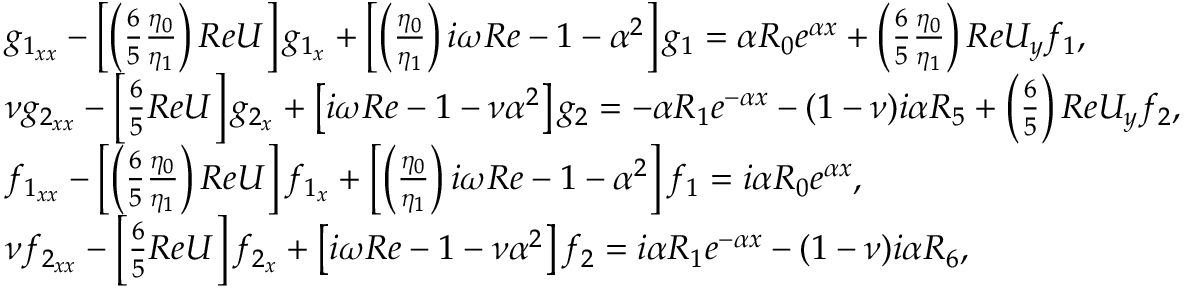
\begin{array} { r l } & { g _ { 1 _ { x x } } - \left[ \left( \frac { 6 } { 5 } \frac { \eta _ { 0 } } { \eta _ { 1 } } \right) R e U \right] g _ { 1 _ { x } } + \left[ \left( \frac { \eta _ { 0 } } { \eta _ { 1 } } \right) i \omega R e - 1 - \alpha ^ { 2 } \right] g _ { 1 } = \alpha R _ { 0 } e ^ { \alpha x } + \left( \frac { 6 } { 5 } \frac { \eta _ { 0 } } { \eta _ { 1 } } \right) R e U _ { y } f _ { 1 } , } \\ & { \nu g _ { 2 _ { x x } } - \left[ \frac { 6 } { 5 } R e U \right] g _ { 2 _ { x } } + \left[ i \omega R e - 1 - \nu \alpha ^ { 2 } \right] g _ { 2 } = - \alpha R _ { 1 } e ^ { - \alpha x } - ( 1 - \nu ) i \alpha R _ { 5 } + \left( \frac { 6 } { 5 } \right) R e U _ { y } f _ { 2 } , } \\ & { f _ { 1 _ { x x } } - \left[ \left( \frac { 6 } { 5 } \frac { \eta _ { 0 } } { \eta _ { 1 } } \right) R e U \right] f _ { 1 _ { x } } + \left[ \left( \frac { \eta _ { 0 } } { \eta _ { 1 } } \right) i \omega R e - 1 - \alpha ^ { 2 } \right] f _ { 1 } = i \alpha R _ { 0 } e ^ { \alpha x } , } \\ & { \nu f _ { 2 _ { x x } } - \left[ \frac { 6 } { 5 } R e U \right] f _ { 2 _ { x } } + \left[ i \omega R e - 1 - \nu \alpha ^ { 2 } \right] f _ { 2 } = i \alpha R _ { 1 } e ^ { - \alpha x } - ( 1 - \nu ) i \alpha R _ { 6 } , } \end{array}